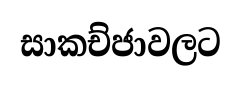
සාකච්ජාවලට